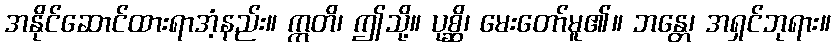
အနိုင်ဆောင်ထားရာအံ့နည်း။ ဣတိ၊ ဤသို့။ ပုစ္ဆိ၊ မေးတော်မူ၏။ ဘန္တေ၊ အရှင်ဘုရား။